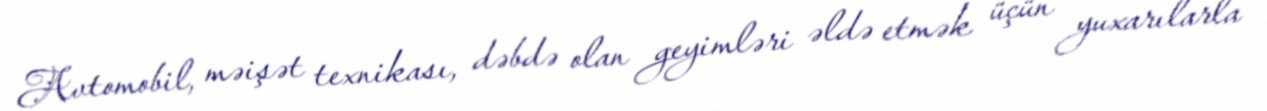
Avtomobil, məişət texnikası, dəbdə olan geyimləri əldə etmək üçün yuxarılarla